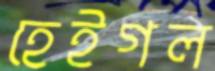
হেইগল